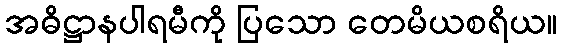
အဓိဋ္ဌာနပါရမီကို ပြသော တေမိယစရိယ။